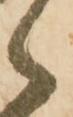
々